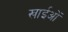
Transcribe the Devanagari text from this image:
खाईओं